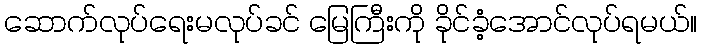
ဆောက်လုပ်ရေးမလုပ်ခင် မြေကြီးကို ခိုင်ခံ့အောင်လုပ်ရမယ်။